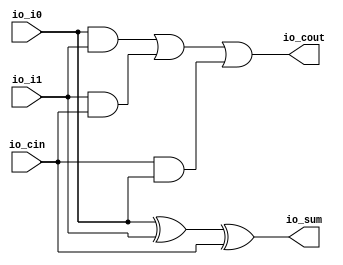
module fullAdder(
  input   io_i0,
  input   io_i1,
  input   io_cin,
  output  io_sum,
  output  io_cout
);
  assign io_sum = io_i0 ^ io_i1 ^ io_cin; // @[addsub_64.scala 14:29]
  assign io_cout = io_i0 & io_i1 | io_i1 & io_cin | io_cin & io_i0; // @[addsub_64.scala 15:51]
endmodule
module addsub_64(
  input         clock,
  input         reset,
  input         io_cin,
  input  [63:0] io_onesComp_ip,
  input  [63:0] io_i0,
  output [63:0] io_sum,
  output        io_cout
);
  wire  fa_0_io_i0; // @[addsub_64.scala 28:33]
  wire  fa_0_io_i1; // @[addsub_64.scala 28:33]
  wire  fa_0_io_cin; // @[addsub_64.scala 28:33]
  wire  fa_0_io_sum; // @[addsub_64.scala 28:33]
  wire  fa_0_io_cout; // @[addsub_64.scala 28:33]
  wire  fa_1_io_i0; // @[addsub_64.scala 28:33]
  wire  fa_1_io_i1; // @[addsub_64.scala 28:33]
  wire  fa_1_io_cin; // @[addsub_64.scala 28:33]
  wire  fa_1_io_sum; // @[addsub_64.scala 28:33]
  wire  fa_1_io_cout; // @[addsub_64.scala 28:33]
  wire  fa_2_io_i0; // @[addsub_64.scala 28:33]
  wire  fa_2_io_i1; // @[addsub_64.scala 28:33]
  wire  fa_2_io_cin; // @[addsub_64.scala 28:33]
  wire  fa_2_io_sum; // @[addsub_64.scala 28:33]
  wire  fa_2_io_cout; // @[addsub_64.scala 28:33]
  wire  fa_3_io_i0; // @[addsub_64.scala 28:33]
  wire  fa_3_io_i1; // @[addsub_64.scala 28:33]
  wire  fa_3_io_cin; // @[addsub_64.scala 28:33]
  wire  fa_3_io_sum; // @[addsub_64.scala 28:33]
  wire  fa_3_io_cout; // @[addsub_64.scala 28:33]
  wire  fa_4_io_i0; // @[addsub_64.scala 28:33]
  wire  fa_4_io_i1; // @[addsub_64.scala 28:33]
  wire  fa_4_io_cin; // @[addsub_64.scala 28:33]
  wire  fa_4_io_sum; // @[addsub_64.scala 28:33]
  wire  fa_4_io_cout; // @[addsub_64.scala 28:33]
  wire  fa_5_io_i0; // @[addsub_64.scala 28:33]
  wire  fa_5_io_i1; // @[addsub_64.scala 28:33]
  wire  fa_5_io_cin; // @[addsub_64.scala 28:33]
  wire  fa_5_io_sum; // @[addsub_64.scala 28:33]
  wire  fa_5_io_cout; // @[addsub_64.scala 28:33]
  wire  fa_6_io_i0; // @[addsub_64.scala 28:33]
  wire  fa_6_io_i1; // @[addsub_64.scala 28:33]
  wire  fa_6_io_cin; // @[addsub_64.scala 28:33]
  wire  fa_6_io_sum; // @[addsub_64.scala 28:33]
  wire  fa_6_io_cout; // @[addsub_64.scala 28:33]
  wire  fa_7_io_i0; // @[addsub_64.scala 28:33]
  wire  fa_7_io_i1; // @[addsub_64.scala 28:33]
  wire  fa_7_io_cin; // @[addsub_64.scala 28:33]
  wire  fa_7_io_sum; // @[addsub_64.scala 28:33]
  wire  fa_7_io_cout; // @[addsub_64.scala 28:33]
  wire  fa_8_io_i0; // @[addsub_64.scala 28:33]
  wire  fa_8_io_i1; // @[addsub_64.scala 28:33]
  wire  fa_8_io_cin; // @[addsub_64.scala 28:33]
  wire  fa_8_io_sum; // @[addsub_64.scala 28:33]
  wire  fa_8_io_cout; // @[addsub_64.scala 28:33]
  wire  fa_9_io_i0; // @[addsub_64.scala 28:33]
  wire  fa_9_io_i1; // @[addsub_64.scala 28:33]
  wire  fa_9_io_cin; // @[addsub_64.scala 28:33]
  wire  fa_9_io_sum; // @[addsub_64.scala 28:33]
  wire  fa_9_io_cout; // @[addsub_64.scala 28:33]
  wire  fa_10_io_i0; // @[addsub_64.scala 28:33]
  wire  fa_10_io_i1; // @[addsub_64.scala 28:33]
  wire  fa_10_io_cin; // @[addsub_64.scala 28:33]
  wire  fa_10_io_sum; // @[addsub_64.scala 28:33]
  wire  fa_10_io_cout; // @[addsub_64.scala 28:33]
  wire  fa_11_io_i0; // @[addsub_64.scala 28:33]
  wire  fa_11_io_i1; // @[addsub_64.scala 28:33]
  wire  fa_11_io_cin; // @[addsub_64.scala 28:33]
  wire  fa_11_io_sum; // @[addsub_64.scala 28:33]
  wire  fa_11_io_cout; // @[addsub_64.scala 28:33]
  wire  fa_12_io_i0; // @[addsub_64.scala 28:33]
  wire  fa_12_io_i1; // @[addsub_64.scala 28:33]
  wire  fa_12_io_cin; // @[addsub_64.scala 28:33]
  wire  fa_12_io_sum; // @[addsub_64.scala 28:33]
  wire  fa_12_io_cout; // @[addsub_64.scala 28:33]
  wire  fa_13_io_i0; // @[addsub_64.scala 28:33]
  wire  fa_13_io_i1; // @[addsub_64.scala 28:33]
  wire  fa_13_io_cin; // @[addsub_64.scala 28:33]
  wire  fa_13_io_sum; // @[addsub_64.scala 28:33]
  wire  fa_13_io_cout; // @[addsub_64.scala 28:33]
  wire  fa_14_io_i0; // @[addsub_64.scala 28:33]
  wire  fa_14_io_i1; // @[addsub_64.scala 28:33]
  wire  fa_14_io_cin; // @[addsub_64.scala 28:33]
  wire  fa_14_io_sum; // @[addsub_64.scala 28:33]
  wire  fa_14_io_cout; // @[addsub_64.scala 28:33]
  wire  fa_15_io_i0; // @[addsub_64.scala 28:33]
  wire  fa_15_io_i1; // @[addsub_64.scala 28:33]
  wire  fa_15_io_cin; // @[addsub_64.scala 28:33]
  wire  fa_15_io_sum; // @[addsub_64.scala 28:33]
  wire  fa_15_io_cout; // @[addsub_64.scala 28:33]
  wire  fa_16_io_i0; // @[addsub_64.scala 28:33]
  wire  fa_16_io_i1; // @[addsub_64.scala 28:33]
  wire  fa_16_io_cin; // @[addsub_64.scala 28:33]
  wire  fa_16_io_sum; // @[addsub_64.scala 28:33]
  wire  fa_16_io_cout; // @[addsub_64.scala 28:33]
  wire  fa_17_io_i0; // @[addsub_64.scala 28:33]
  wire  fa_17_io_i1; // @[addsub_64.scala 28:33]
  wire  fa_17_io_cin; // @[addsub_64.scala 28:33]
  wire  fa_17_io_sum; // @[addsub_64.scala 28:33]
  wire  fa_17_io_cout; // @[addsub_64.scala 28:33]
  wire  fa_18_io_i0; // @[addsub_64.scala 28:33]
  wire  fa_18_io_i1; // @[addsub_64.scala 28:33]
  wire  fa_18_io_cin; // @[addsub_64.scala 28:33]
  wire  fa_18_io_sum; // @[addsub_64.scala 28:33]
  wire  fa_18_io_cout; // @[addsub_64.scala 28:33]
  wire  fa_19_io_i0; // @[addsub_64.scala 28:33]
  wire  fa_19_io_i1; // @[addsub_64.scala 28:33]
  wire  fa_19_io_cin; // @[addsub_64.scala 28:33]
  wire  fa_19_io_sum; // @[addsub_64.scala 28:33]
  wire  fa_19_io_cout; // @[addsub_64.scala 28:33]
  wire  fa_20_io_i0; // @[addsub_64.scala 28:33]
  wire  fa_20_io_i1; // @[addsub_64.scala 28:33]
  wire  fa_20_io_cin; // @[addsub_64.scala 28:33]
  wire  fa_20_io_sum; // @[addsub_64.scala 28:33]
  wire  fa_20_io_cout; // @[addsub_64.scala 28:33]
  wire  fa_21_io_i0; // @[addsub_64.scala 28:33]
  wire  fa_21_io_i1; // @[addsub_64.scala 28:33]
  wire  fa_21_io_cin; // @[addsub_64.scala 28:33]
  wire  fa_21_io_sum; // @[addsub_64.scala 28:33]
  wire  fa_21_io_cout; // @[addsub_64.scala 28:33]
  wire  fa_22_io_i0; // @[addsub_64.scala 28:33]
  wire  fa_22_io_i1; // @[addsub_64.scala 28:33]
  wire  fa_22_io_cin; // @[addsub_64.scala 28:33]
  wire  fa_22_io_sum; // @[addsub_64.scala 28:33]
  wire  fa_22_io_cout; // @[addsub_64.scala 28:33]
  wire  fa_23_io_i0; // @[addsub_64.scala 28:33]
  wire  fa_23_io_i1; // @[addsub_64.scala 28:33]
  wire  fa_23_io_cin; // @[addsub_64.scala 28:33]
  wire  fa_23_io_sum; // @[addsub_64.scala 28:33]
  wire  fa_23_io_cout; // @[addsub_64.scala 28:33]
  wire  fa_24_io_i0; // @[addsub_64.scala 28:33]
  wire  fa_24_io_i1; // @[addsub_64.scala 28:33]
  wire  fa_24_io_cin; // @[addsub_64.scala 28:33]
  wire  fa_24_io_sum; // @[addsub_64.scala 28:33]
  wire  fa_24_io_cout; // @[addsub_64.scala 28:33]
  wire  fa_25_io_i0; // @[addsub_64.scala 28:33]
  wire  fa_25_io_i1; // @[addsub_64.scala 28:33]
  wire  fa_25_io_cin; // @[addsub_64.scala 28:33]
  wire  fa_25_io_sum; // @[addsub_64.scala 28:33]
  wire  fa_25_io_cout; // @[addsub_64.scala 28:33]
  wire  fa_26_io_i0; // @[addsub_64.scala 28:33]
  wire  fa_26_io_i1; // @[addsub_64.scala 28:33]
  wire  fa_26_io_cin; // @[addsub_64.scala 28:33]
  wire  fa_26_io_sum; // @[addsub_64.scala 28:33]
  wire  fa_26_io_cout; // @[addsub_64.scala 28:33]
  wire  fa_27_io_i0; // @[addsub_64.scala 28:33]
  wire  fa_27_io_i1; // @[addsub_64.scala 28:33]
  wire  fa_27_io_cin; // @[addsub_64.scala 28:33]
  wire  fa_27_io_sum; // @[addsub_64.scala 28:33]
  wire  fa_27_io_cout; // @[addsub_64.scala 28:33]
  wire  fa_28_io_i0; // @[addsub_64.scala 28:33]
  wire  fa_28_io_i1; // @[addsub_64.scala 28:33]
  wire  fa_28_io_cin; // @[addsub_64.scala 28:33]
  wire  fa_28_io_sum; // @[addsub_64.scala 28:33]
  wire  fa_28_io_cout; // @[addsub_64.scala 28:33]
  wire  fa_29_io_i0; // @[addsub_64.scala 28:33]
  wire  fa_29_io_i1; // @[addsub_64.scala 28:33]
  wire  fa_29_io_cin; // @[addsub_64.scala 28:33]
  wire  fa_29_io_sum; // @[addsub_64.scala 28:33]
  wire  fa_29_io_cout; // @[addsub_64.scala 28:33]
  wire  fa_30_io_i0; // @[addsub_64.scala 28:33]
  wire  fa_30_io_i1; // @[addsub_64.scala 28:33]
  wire  fa_30_io_cin; // @[addsub_64.scala 28:33]
  wire  fa_30_io_sum; // @[addsub_64.scala 28:33]
  wire  fa_30_io_cout; // @[addsub_64.scala 28:33]
  wire  fa_31_io_i0; // @[addsub_64.scala 28:33]
  wire  fa_31_io_i1; // @[addsub_64.scala 28:33]
  wire  fa_31_io_cin; // @[addsub_64.scala 28:33]
  wire  fa_31_io_sum; // @[addsub_64.scala 28:33]
  wire  fa_31_io_cout; // @[addsub_64.scala 28:33]
  wire  fa_32_io_i0; // @[addsub_64.scala 28:33]
  wire  fa_32_io_i1; // @[addsub_64.scala 28:33]
  wire  fa_32_io_cin; // @[addsub_64.scala 28:33]
  wire  fa_32_io_sum; // @[addsub_64.scala 28:33]
  wire  fa_32_io_cout; // @[addsub_64.scala 28:33]
  wire  fa_33_io_i0; // @[addsub_64.scala 28:33]
  wire  fa_33_io_i1; // @[addsub_64.scala 28:33]
  wire  fa_33_io_cin; // @[addsub_64.scala 28:33]
  wire  fa_33_io_sum; // @[addsub_64.scala 28:33]
  wire  fa_33_io_cout; // @[addsub_64.scala 28:33]
  wire  fa_34_io_i0; // @[addsub_64.scala 28:33]
  wire  fa_34_io_i1; // @[addsub_64.scala 28:33]
  wire  fa_34_io_cin; // @[addsub_64.scala 28:33]
  wire  fa_34_io_sum; // @[addsub_64.scala 28:33]
  wire  fa_34_io_cout; // @[addsub_64.scala 28:33]
  wire  fa_35_io_i0; // @[addsub_64.scala 28:33]
  wire  fa_35_io_i1; // @[addsub_64.scala 28:33]
  wire  fa_35_io_cin; // @[addsub_64.scala 28:33]
  wire  fa_35_io_sum; // @[addsub_64.scala 28:33]
  wire  fa_35_io_cout; // @[addsub_64.scala 28:33]
  wire  fa_36_io_i0; // @[addsub_64.scala 28:33]
  wire  fa_36_io_i1; // @[addsub_64.scala 28:33]
  wire  fa_36_io_cin; // @[addsub_64.scala 28:33]
  wire  fa_36_io_sum; // @[addsub_64.scala 28:33]
  wire  fa_36_io_cout; // @[addsub_64.scala 28:33]
  wire  fa_37_io_i0; // @[addsub_64.scala 28:33]
  wire  fa_37_io_i1; // @[addsub_64.scala 28:33]
  wire  fa_37_io_cin; // @[addsub_64.scala 28:33]
  wire  fa_37_io_sum; // @[addsub_64.scala 28:33]
  wire  fa_37_io_cout; // @[addsub_64.scala 28:33]
  wire  fa_38_io_i0; // @[addsub_64.scala 28:33]
  wire  fa_38_io_i1; // @[addsub_64.scala 28:33]
  wire  fa_38_io_cin; // @[addsub_64.scala 28:33]
  wire  fa_38_io_sum; // @[addsub_64.scala 28:33]
  wire  fa_38_io_cout; // @[addsub_64.scala 28:33]
  wire  fa_39_io_i0; // @[addsub_64.scala 28:33]
  wire  fa_39_io_i1; // @[addsub_64.scala 28:33]
  wire  fa_39_io_cin; // @[addsub_64.scala 28:33]
  wire  fa_39_io_sum; // @[addsub_64.scala 28:33]
  wire  fa_39_io_cout; // @[addsub_64.scala 28:33]
  wire  fa_40_io_i0; // @[addsub_64.scala 28:33]
  wire  fa_40_io_i1; // @[addsub_64.scala 28:33]
  wire  fa_40_io_cin; // @[addsub_64.scala 28:33]
  wire  fa_40_io_sum; // @[addsub_64.scala 28:33]
  wire  fa_40_io_cout; // @[addsub_64.scala 28:33]
  wire  fa_41_io_i0; // @[addsub_64.scala 28:33]
  wire  fa_41_io_i1; // @[addsub_64.scala 28:33]
  wire  fa_41_io_cin; // @[addsub_64.scala 28:33]
  wire  fa_41_io_sum; // @[addsub_64.scala 28:33]
  wire  fa_41_io_cout; // @[addsub_64.scala 28:33]
  wire  fa_42_io_i0; // @[addsub_64.scala 28:33]
  wire  fa_42_io_i1; // @[addsub_64.scala 28:33]
  wire  fa_42_io_cin; // @[addsub_64.scala 28:33]
  wire  fa_42_io_sum; // @[addsub_64.scala 28:33]
  wire  fa_42_io_cout; // @[addsub_64.scala 28:33]
  wire  fa_43_io_i0; // @[addsub_64.scala 28:33]
  wire  fa_43_io_i1; // @[addsub_64.scala 28:33]
  wire  fa_43_io_cin; // @[addsub_64.scala 28:33]
  wire  fa_43_io_sum; // @[addsub_64.scala 28:33]
  wire  fa_43_io_cout; // @[addsub_64.scala 28:33]
  wire  fa_44_io_i0; // @[addsub_64.scala 28:33]
  wire  fa_44_io_i1; // @[addsub_64.scala 28:33]
  wire  fa_44_io_cin; // @[addsub_64.scala 28:33]
  wire  fa_44_io_sum; // @[addsub_64.scala 28:33]
  wire  fa_44_io_cout; // @[addsub_64.scala 28:33]
  wire  fa_45_io_i0; // @[addsub_64.scala 28:33]
  wire  fa_45_io_i1; // @[addsub_64.scala 28:33]
  wire  fa_45_io_cin; // @[addsub_64.scala 28:33]
  wire  fa_45_io_sum; // @[addsub_64.scala 28:33]
  wire  fa_45_io_cout; // @[addsub_64.scala 28:33]
  wire  fa_46_io_i0; // @[addsub_64.scala 28:33]
  wire  fa_46_io_i1; // @[addsub_64.scala 28:33]
  wire  fa_46_io_cin; // @[addsub_64.scala 28:33]
  wire  fa_46_io_sum; // @[addsub_64.scala 28:33]
  wire  fa_46_io_cout; // @[addsub_64.scala 28:33]
  wire  fa_47_io_i0; // @[addsub_64.scala 28:33]
  wire  fa_47_io_i1; // @[addsub_64.scala 28:33]
  wire  fa_47_io_cin; // @[addsub_64.scala 28:33]
  wire  fa_47_io_sum; // @[addsub_64.scala 28:33]
  wire  fa_47_io_cout; // @[addsub_64.scala 28:33]
  wire  fa_48_io_i0; // @[addsub_64.scala 28:33]
  wire  fa_48_io_i1; // @[addsub_64.scala 28:33]
  wire  fa_48_io_cin; // @[addsub_64.scala 28:33]
  wire  fa_48_io_sum; // @[addsub_64.scala 28:33]
  wire  fa_48_io_cout; // @[addsub_64.scala 28:33]
  wire  fa_49_io_i0; // @[addsub_64.scala 28:33]
  wire  fa_49_io_i1; // @[addsub_64.scala 28:33]
  wire  fa_49_io_cin; // @[addsub_64.scala 28:33]
  wire  fa_49_io_sum; // @[addsub_64.scala 28:33]
  wire  fa_49_io_cout; // @[addsub_64.scala 28:33]
  wire  fa_50_io_i0; // @[addsub_64.scala 28:33]
  wire  fa_50_io_i1; // @[addsub_64.scala 28:33]
  wire  fa_50_io_cin; // @[addsub_64.scala 28:33]
  wire  fa_50_io_sum; // @[addsub_64.scala 28:33]
  wire  fa_50_io_cout; // @[addsub_64.scala 28:33]
  wire  fa_51_io_i0; // @[addsub_64.scala 28:33]
  wire  fa_51_io_i1; // @[addsub_64.scala 28:33]
  wire  fa_51_io_cin; // @[addsub_64.scala 28:33]
  wire  fa_51_io_sum; // @[addsub_64.scala 28:33]
  wire  fa_51_io_cout; // @[addsub_64.scala 28:33]
  wire  fa_52_io_i0; // @[addsub_64.scala 28:33]
  wire  fa_52_io_i1; // @[addsub_64.scala 28:33]
  wire  fa_52_io_cin; // @[addsub_64.scala 28:33]
  wire  fa_52_io_sum; // @[addsub_64.scala 28:33]
  wire  fa_52_io_cout; // @[addsub_64.scala 28:33]
  wire  fa_53_io_i0; // @[addsub_64.scala 28:33]
  wire  fa_53_io_i1; // @[addsub_64.scala 28:33]
  wire  fa_53_io_cin; // @[addsub_64.scala 28:33]
  wire  fa_53_io_sum; // @[addsub_64.scala 28:33]
  wire  fa_53_io_cout; // @[addsub_64.scala 28:33]
  wire  fa_54_io_i0; // @[addsub_64.scala 28:33]
  wire  fa_54_io_i1; // @[addsub_64.scala 28:33]
  wire  fa_54_io_cin; // @[addsub_64.scala 28:33]
  wire  fa_54_io_sum; // @[addsub_64.scala 28:33]
  wire  fa_54_io_cout; // @[addsub_64.scala 28:33]
  wire  fa_55_io_i0; // @[addsub_64.scala 28:33]
  wire  fa_55_io_i1; // @[addsub_64.scala 28:33]
  wire  fa_55_io_cin; // @[addsub_64.scala 28:33]
  wire  fa_55_io_sum; // @[addsub_64.scala 28:33]
  wire  fa_55_io_cout; // @[addsub_64.scala 28:33]
  wire  fa_56_io_i0; // @[addsub_64.scala 28:33]
  wire  fa_56_io_i1; // @[addsub_64.scala 28:33]
  wire  fa_56_io_cin; // @[addsub_64.scala 28:33]
  wire  fa_56_io_sum; // @[addsub_64.scala 28:33]
  wire  fa_56_io_cout; // @[addsub_64.scala 28:33]
  wire  fa_57_io_i0; // @[addsub_64.scala 28:33]
  wire  fa_57_io_i1; // @[addsub_64.scala 28:33]
  wire  fa_57_io_cin; // @[addsub_64.scala 28:33]
  wire  fa_57_io_sum; // @[addsub_64.scala 28:33]
  wire  fa_57_io_cout; // @[addsub_64.scala 28:33]
  wire  fa_58_io_i0; // @[addsub_64.scala 28:33]
  wire  fa_58_io_i1; // @[addsub_64.scala 28:33]
  wire  fa_58_io_cin; // @[addsub_64.scala 28:33]
  wire  fa_58_io_sum; // @[addsub_64.scala 28:33]
  wire  fa_58_io_cout; // @[addsub_64.scala 28:33]
  wire  fa_59_io_i0; // @[addsub_64.scala 28:33]
  wire  fa_59_io_i1; // @[addsub_64.scala 28:33]
  wire  fa_59_io_cin; // @[addsub_64.scala 28:33]
  wire  fa_59_io_sum; // @[addsub_64.scala 28:33]
  wire  fa_59_io_cout; // @[addsub_64.scala 28:33]
  wire  fa_60_io_i0; // @[addsub_64.scala 28:33]
  wire  fa_60_io_i1; // @[addsub_64.scala 28:33]
  wire  fa_60_io_cin; // @[addsub_64.scala 28:33]
  wire  fa_60_io_sum; // @[addsub_64.scala 28:33]
  wire  fa_60_io_cout; // @[addsub_64.scala 28:33]
  wire  fa_61_io_i0; // @[addsub_64.scala 28:33]
  wire  fa_61_io_i1; // @[addsub_64.scala 28:33]
  wire  fa_61_io_cin; // @[addsub_64.scala 28:33]
  wire  fa_61_io_sum; // @[addsub_64.scala 28:33]
  wire  fa_61_io_cout; // @[addsub_64.scala 28:33]
  wire  fa_62_io_i0; // @[addsub_64.scala 28:33]
  wire  fa_62_io_i1; // @[addsub_64.scala 28:33]
  wire  fa_62_io_cin; // @[addsub_64.scala 28:33]
  wire  fa_62_io_sum; // @[addsub_64.scala 28:33]
  wire  fa_62_io_cout; // @[addsub_64.scala 28:33]
  wire  fa_63_io_i0; // @[addsub_64.scala 28:33]
  wire  fa_63_io_i1; // @[addsub_64.scala 28:33]
  wire  fa_63_io_cin; // @[addsub_64.scala 28:33]
  wire  fa_63_io_sum; // @[addsub_64.scala 28:33]
  wire  fa_63_io_cout; // @[addsub_64.scala 28:33]
  wire [7:0] lo_lo_lo = {fa_7_io_sum,fa_6_io_sum,fa_5_io_sum,fa_4_io_sum,fa_3_io_sum,fa_2_io_sum,fa_1_io_sum,fa_0_io_sum
    }; // @[Cat.scala 30:58]
  wire [15:0] lo_lo = {fa_15_io_sum,fa_14_io_sum,fa_13_io_sum,fa_12_io_sum,fa_11_io_sum,fa_10_io_sum,fa_9_io_sum,
    fa_8_io_sum,lo_lo_lo}; // @[Cat.scala 30:58]
  wire [7:0] lo_hi_lo = {fa_23_io_sum,fa_22_io_sum,fa_21_io_sum,fa_20_io_sum,fa_19_io_sum,fa_18_io_sum,fa_17_io_sum,
    fa_16_io_sum}; // @[Cat.scala 30:58]
  wire [31:0] lo = {fa_31_io_sum,fa_30_io_sum,fa_29_io_sum,fa_28_io_sum,fa_27_io_sum,fa_26_io_sum,fa_25_io_sum,
    fa_24_io_sum,lo_hi_lo,lo_lo}; // @[Cat.scala 30:58]
  wire [7:0] hi_lo_lo = {fa_39_io_sum,fa_38_io_sum,fa_37_io_sum,fa_36_io_sum,fa_35_io_sum,fa_34_io_sum,fa_33_io_sum,
    fa_32_io_sum}; // @[Cat.scala 30:58]
  wire [15:0] hi_lo = {fa_47_io_sum,fa_46_io_sum,fa_45_io_sum,fa_44_io_sum,fa_43_io_sum,fa_42_io_sum,fa_41_io_sum,
    fa_40_io_sum,hi_lo_lo}; // @[Cat.scala 30:58]
  wire [7:0] hi_hi_lo = {fa_55_io_sum,fa_54_io_sum,fa_53_io_sum,fa_52_io_sum,fa_51_io_sum,fa_50_io_sum,fa_49_io_sum,
    fa_48_io_sum}; // @[Cat.scala 30:58]
  wire [31:0] hi = {fa_63_io_sum,fa_62_io_sum,fa_61_io_sum,fa_60_io_sum,fa_59_io_sum,fa_58_io_sum,fa_57_io_sum,
    fa_56_io_sum,hi_hi_lo,hi_lo}; // @[Cat.scala 30:58]
  fullAdder fa_0 ( // @[addsub_64.scala 28:33]
    .io_i0(fa_0_io_i0),
    .io_i1(fa_0_io_i1),
    .io_cin(fa_0_io_cin),
    .io_sum(fa_0_io_sum),
    .io_cout(fa_0_io_cout)
  );
  fullAdder fa_1 ( // @[addsub_64.scala 28:33]
    .io_i0(fa_1_io_i0),
    .io_i1(fa_1_io_i1),
    .io_cin(fa_1_io_cin),
    .io_sum(fa_1_io_sum),
    .io_cout(fa_1_io_cout)
  );
  fullAdder fa_2 ( // @[addsub_64.scala 28:33]
    .io_i0(fa_2_io_i0),
    .io_i1(fa_2_io_i1),
    .io_cin(fa_2_io_cin),
    .io_sum(fa_2_io_sum),
    .io_cout(fa_2_io_cout)
  );
  fullAdder fa_3 ( // @[addsub_64.scala 28:33]
    .io_i0(fa_3_io_i0),
    .io_i1(fa_3_io_i1),
    .io_cin(fa_3_io_cin),
    .io_sum(fa_3_io_sum),
    .io_cout(fa_3_io_cout)
  );
  fullAdder fa_4 ( // @[addsub_64.scala 28:33]
    .io_i0(fa_4_io_i0),
    .io_i1(fa_4_io_i1),
    .io_cin(fa_4_io_cin),
    .io_sum(fa_4_io_sum),
    .io_cout(fa_4_io_cout)
  );
  fullAdder fa_5 ( // @[addsub_64.scala 28:33]
    .io_i0(fa_5_io_i0),
    .io_i1(fa_5_io_i1),
    .io_cin(fa_5_io_cin),
    .io_sum(fa_5_io_sum),
    .io_cout(fa_5_io_cout)
  );
  fullAdder fa_6 ( // @[addsub_64.scala 28:33]
    .io_i0(fa_6_io_i0),
    .io_i1(fa_6_io_i1),
    .io_cin(fa_6_io_cin),
    .io_sum(fa_6_io_sum),
    .io_cout(fa_6_io_cout)
  );
  fullAdder fa_7 ( // @[addsub_64.scala 28:33]
    .io_i0(fa_7_io_i0),
    .io_i1(fa_7_io_i1),
    .io_cin(fa_7_io_cin),
    .io_sum(fa_7_io_sum),
    .io_cout(fa_7_io_cout)
  );
  fullAdder fa_8 ( // @[addsub_64.scala 28:33]
    .io_i0(fa_8_io_i0),
    .io_i1(fa_8_io_i1),
    .io_cin(fa_8_io_cin),
    .io_sum(fa_8_io_sum),
    .io_cout(fa_8_io_cout)
  );
  fullAdder fa_9 ( // @[addsub_64.scala 28:33]
    .io_i0(fa_9_io_i0),
    .io_i1(fa_9_io_i1),
    .io_cin(fa_9_io_cin),
    .io_sum(fa_9_io_sum),
    .io_cout(fa_9_io_cout)
  );
  fullAdder fa_10 ( // @[addsub_64.scala 28:33]
    .io_i0(fa_10_io_i0),
    .io_i1(fa_10_io_i1),
    .io_cin(fa_10_io_cin),
    .io_sum(fa_10_io_sum),
    .io_cout(fa_10_io_cout)
  );
  fullAdder fa_11 ( // @[addsub_64.scala 28:33]
    .io_i0(fa_11_io_i0),
    .io_i1(fa_11_io_i1),
    .io_cin(fa_11_io_cin),
    .io_sum(fa_11_io_sum),
    .io_cout(fa_11_io_cout)
  );
  fullAdder fa_12 ( // @[addsub_64.scala 28:33]
    .io_i0(fa_12_io_i0),
    .io_i1(fa_12_io_i1),
    .io_cin(fa_12_io_cin),
    .io_sum(fa_12_io_sum),
    .io_cout(fa_12_io_cout)
  );
  fullAdder fa_13 ( // @[addsub_64.scala 28:33]
    .io_i0(fa_13_io_i0),
    .io_i1(fa_13_io_i1),
    .io_cin(fa_13_io_cin),
    .io_sum(fa_13_io_sum),
    .io_cout(fa_13_io_cout)
  );
  fullAdder fa_14 ( // @[addsub_64.scala 28:33]
    .io_i0(fa_14_io_i0),
    .io_i1(fa_14_io_i1),
    .io_cin(fa_14_io_cin),
    .io_sum(fa_14_io_sum),
    .io_cout(fa_14_io_cout)
  );
  fullAdder fa_15 ( // @[addsub_64.scala 28:33]
    .io_i0(fa_15_io_i0),
    .io_i1(fa_15_io_i1),
    .io_cin(fa_15_io_cin),
    .io_sum(fa_15_io_sum),
    .io_cout(fa_15_io_cout)
  );
  fullAdder fa_16 ( // @[addsub_64.scala 28:33]
    .io_i0(fa_16_io_i0),
    .io_i1(fa_16_io_i1),
    .io_cin(fa_16_io_cin),
    .io_sum(fa_16_io_sum),
    .io_cout(fa_16_io_cout)
  );
  fullAdder fa_17 ( // @[addsub_64.scala 28:33]
    .io_i0(fa_17_io_i0),
    .io_i1(fa_17_io_i1),
    .io_cin(fa_17_io_cin),
    .io_sum(fa_17_io_sum),
    .io_cout(fa_17_io_cout)
  );
  fullAdder fa_18 ( // @[addsub_64.scala 28:33]
    .io_i0(fa_18_io_i0),
    .io_i1(fa_18_io_i1),
    .io_cin(fa_18_io_cin),
    .io_sum(fa_18_io_sum),
    .io_cout(fa_18_io_cout)
  );
  fullAdder fa_19 ( // @[addsub_64.scala 28:33]
    .io_i0(fa_19_io_i0),
    .io_i1(fa_19_io_i1),
    .io_cin(fa_19_io_cin),
    .io_sum(fa_19_io_sum),
    .io_cout(fa_19_io_cout)
  );
  fullAdder fa_20 ( // @[addsub_64.scala 28:33]
    .io_i0(fa_20_io_i0),
    .io_i1(fa_20_io_i1),
    .io_cin(fa_20_io_cin),
    .io_sum(fa_20_io_sum),
    .io_cout(fa_20_io_cout)
  );
  fullAdder fa_21 ( // @[addsub_64.scala 28:33]
    .io_i0(fa_21_io_i0),
    .io_i1(fa_21_io_i1),
    .io_cin(fa_21_io_cin),
    .io_sum(fa_21_io_sum),
    .io_cout(fa_21_io_cout)
  );
  fullAdder fa_22 ( // @[addsub_64.scala 28:33]
    .io_i0(fa_22_io_i0),
    .io_i1(fa_22_io_i1),
    .io_cin(fa_22_io_cin),
    .io_sum(fa_22_io_sum),
    .io_cout(fa_22_io_cout)
  );
  fullAdder fa_23 ( // @[addsub_64.scala 28:33]
    .io_i0(fa_23_io_i0),
    .io_i1(fa_23_io_i1),
    .io_cin(fa_23_io_cin),
    .io_sum(fa_23_io_sum),
    .io_cout(fa_23_io_cout)
  );
  fullAdder fa_24 ( // @[addsub_64.scala 28:33]
    .io_i0(fa_24_io_i0),
    .io_i1(fa_24_io_i1),
    .io_cin(fa_24_io_cin),
    .io_sum(fa_24_io_sum),
    .io_cout(fa_24_io_cout)
  );
  fullAdder fa_25 ( // @[addsub_64.scala 28:33]
    .io_i0(fa_25_io_i0),
    .io_i1(fa_25_io_i1),
    .io_cin(fa_25_io_cin),
    .io_sum(fa_25_io_sum),
    .io_cout(fa_25_io_cout)
  );
  fullAdder fa_26 ( // @[addsub_64.scala 28:33]
    .io_i0(fa_26_io_i0),
    .io_i1(fa_26_io_i1),
    .io_cin(fa_26_io_cin),
    .io_sum(fa_26_io_sum),
    .io_cout(fa_26_io_cout)
  );
  fullAdder fa_27 ( // @[addsub_64.scala 28:33]
    .io_i0(fa_27_io_i0),
    .io_i1(fa_27_io_i1),
    .io_cin(fa_27_io_cin),
    .io_sum(fa_27_io_sum),
    .io_cout(fa_27_io_cout)
  );
  fullAdder fa_28 ( // @[addsub_64.scala 28:33]
    .io_i0(fa_28_io_i0),
    .io_i1(fa_28_io_i1),
    .io_cin(fa_28_io_cin),
    .io_sum(fa_28_io_sum),
    .io_cout(fa_28_io_cout)
  );
  fullAdder fa_29 ( // @[addsub_64.scala 28:33]
    .io_i0(fa_29_io_i0),
    .io_i1(fa_29_io_i1),
    .io_cin(fa_29_io_cin),
    .io_sum(fa_29_io_sum),
    .io_cout(fa_29_io_cout)
  );
  fullAdder fa_30 ( // @[addsub_64.scala 28:33]
    .io_i0(fa_30_io_i0),
    .io_i1(fa_30_io_i1),
    .io_cin(fa_30_io_cin),
    .io_sum(fa_30_io_sum),
    .io_cout(fa_30_io_cout)
  );
  fullAdder fa_31 ( // @[addsub_64.scala 28:33]
    .io_i0(fa_31_io_i0),
    .io_i1(fa_31_io_i1),
    .io_cin(fa_31_io_cin),
    .io_sum(fa_31_io_sum),
    .io_cout(fa_31_io_cout)
  );
  fullAdder fa_32 ( // @[addsub_64.scala 28:33]
    .io_i0(fa_32_io_i0),
    .io_i1(fa_32_io_i1),
    .io_cin(fa_32_io_cin),
    .io_sum(fa_32_io_sum),
    .io_cout(fa_32_io_cout)
  );
  fullAdder fa_33 ( // @[addsub_64.scala 28:33]
    .io_i0(fa_33_io_i0),
    .io_i1(fa_33_io_i1),
    .io_cin(fa_33_io_cin),
    .io_sum(fa_33_io_sum),
    .io_cout(fa_33_io_cout)
  );
  fullAdder fa_34 ( // @[addsub_64.scala 28:33]
    .io_i0(fa_34_io_i0),
    .io_i1(fa_34_io_i1),
    .io_cin(fa_34_io_cin),
    .io_sum(fa_34_io_sum),
    .io_cout(fa_34_io_cout)
  );
  fullAdder fa_35 ( // @[addsub_64.scala 28:33]
    .io_i0(fa_35_io_i0),
    .io_i1(fa_35_io_i1),
    .io_cin(fa_35_io_cin),
    .io_sum(fa_35_io_sum),
    .io_cout(fa_35_io_cout)
  );
  fullAdder fa_36 ( // @[addsub_64.scala 28:33]
    .io_i0(fa_36_io_i0),
    .io_i1(fa_36_io_i1),
    .io_cin(fa_36_io_cin),
    .io_sum(fa_36_io_sum),
    .io_cout(fa_36_io_cout)
  );
  fullAdder fa_37 ( // @[addsub_64.scala 28:33]
    .io_i0(fa_37_io_i0),
    .io_i1(fa_37_io_i1),
    .io_cin(fa_37_io_cin),
    .io_sum(fa_37_io_sum),
    .io_cout(fa_37_io_cout)
  );
  fullAdder fa_38 ( // @[addsub_64.scala 28:33]
    .io_i0(fa_38_io_i0),
    .io_i1(fa_38_io_i1),
    .io_cin(fa_38_io_cin),
    .io_sum(fa_38_io_sum),
    .io_cout(fa_38_io_cout)
  );
  fullAdder fa_39 ( // @[addsub_64.scala 28:33]
    .io_i0(fa_39_io_i0),
    .io_i1(fa_39_io_i1),
    .io_cin(fa_39_io_cin),
    .io_sum(fa_39_io_sum),
    .io_cout(fa_39_io_cout)
  );
  fullAdder fa_40 ( // @[addsub_64.scala 28:33]
    .io_i0(fa_40_io_i0),
    .io_i1(fa_40_io_i1),
    .io_cin(fa_40_io_cin),
    .io_sum(fa_40_io_sum),
    .io_cout(fa_40_io_cout)
  );
  fullAdder fa_41 ( // @[addsub_64.scala 28:33]
    .io_i0(fa_41_io_i0),
    .io_i1(fa_41_io_i1),
    .io_cin(fa_41_io_cin),
    .io_sum(fa_41_io_sum),
    .io_cout(fa_41_io_cout)
  );
  fullAdder fa_42 ( // @[addsub_64.scala 28:33]
    .io_i0(fa_42_io_i0),
    .io_i1(fa_42_io_i1),
    .io_cin(fa_42_io_cin),
    .io_sum(fa_42_io_sum),
    .io_cout(fa_42_io_cout)
  );
  fullAdder fa_43 ( // @[addsub_64.scala 28:33]
    .io_i0(fa_43_io_i0),
    .io_i1(fa_43_io_i1),
    .io_cin(fa_43_io_cin),
    .io_sum(fa_43_io_sum),
    .io_cout(fa_43_io_cout)
  );
  fullAdder fa_44 ( // @[addsub_64.scala 28:33]
    .io_i0(fa_44_io_i0),
    .io_i1(fa_44_io_i1),
    .io_cin(fa_44_io_cin),
    .io_sum(fa_44_io_sum),
    .io_cout(fa_44_io_cout)
  );
  fullAdder fa_45 ( // @[addsub_64.scala 28:33]
    .io_i0(fa_45_io_i0),
    .io_i1(fa_45_io_i1),
    .io_cin(fa_45_io_cin),
    .io_sum(fa_45_io_sum),
    .io_cout(fa_45_io_cout)
  );
  fullAdder fa_46 ( // @[addsub_64.scala 28:33]
    .io_i0(fa_46_io_i0),
    .io_i1(fa_46_io_i1),
    .io_cin(fa_46_io_cin),
    .io_sum(fa_46_io_sum),
    .io_cout(fa_46_io_cout)
  );
  fullAdder fa_47 ( // @[addsub_64.scala 28:33]
    .io_i0(fa_47_io_i0),
    .io_i1(fa_47_io_i1),
    .io_cin(fa_47_io_cin),
    .io_sum(fa_47_io_sum),
    .io_cout(fa_47_io_cout)
  );
  fullAdder fa_48 ( // @[addsub_64.scala 28:33]
    .io_i0(fa_48_io_i0),
    .io_i1(fa_48_io_i1),
    .io_cin(fa_48_io_cin),
    .io_sum(fa_48_io_sum),
    .io_cout(fa_48_io_cout)
  );
  fullAdder fa_49 ( // @[addsub_64.scala 28:33]
    .io_i0(fa_49_io_i0),
    .io_i1(fa_49_io_i1),
    .io_cin(fa_49_io_cin),
    .io_sum(fa_49_io_sum),
    .io_cout(fa_49_io_cout)
  );
  fullAdder fa_50 ( // @[addsub_64.scala 28:33]
    .io_i0(fa_50_io_i0),
    .io_i1(fa_50_io_i1),
    .io_cin(fa_50_io_cin),
    .io_sum(fa_50_io_sum),
    .io_cout(fa_50_io_cout)
  );
  fullAdder fa_51 ( // @[addsub_64.scala 28:33]
    .io_i0(fa_51_io_i0),
    .io_i1(fa_51_io_i1),
    .io_cin(fa_51_io_cin),
    .io_sum(fa_51_io_sum),
    .io_cout(fa_51_io_cout)
  );
  fullAdder fa_52 ( // @[addsub_64.scala 28:33]
    .io_i0(fa_52_io_i0),
    .io_i1(fa_52_io_i1),
    .io_cin(fa_52_io_cin),
    .io_sum(fa_52_io_sum),
    .io_cout(fa_52_io_cout)
  );
  fullAdder fa_53 ( // @[addsub_64.scala 28:33]
    .io_i0(fa_53_io_i0),
    .io_i1(fa_53_io_i1),
    .io_cin(fa_53_io_cin),
    .io_sum(fa_53_io_sum),
    .io_cout(fa_53_io_cout)
  );
  fullAdder fa_54 ( // @[addsub_64.scala 28:33]
    .io_i0(fa_54_io_i0),
    .io_i1(fa_54_io_i1),
    .io_cin(fa_54_io_cin),
    .io_sum(fa_54_io_sum),
    .io_cout(fa_54_io_cout)
  );
  fullAdder fa_55 ( // @[addsub_64.scala 28:33]
    .io_i0(fa_55_io_i0),
    .io_i1(fa_55_io_i1),
    .io_cin(fa_55_io_cin),
    .io_sum(fa_55_io_sum),
    .io_cout(fa_55_io_cout)
  );
  fullAdder fa_56 ( // @[addsub_64.scala 28:33]
    .io_i0(fa_56_io_i0),
    .io_i1(fa_56_io_i1),
    .io_cin(fa_56_io_cin),
    .io_sum(fa_56_io_sum),
    .io_cout(fa_56_io_cout)
  );
  fullAdder fa_57 ( // @[addsub_64.scala 28:33]
    .io_i0(fa_57_io_i0),
    .io_i1(fa_57_io_i1),
    .io_cin(fa_57_io_cin),
    .io_sum(fa_57_io_sum),
    .io_cout(fa_57_io_cout)
  );
  fullAdder fa_58 ( // @[addsub_64.scala 28:33]
    .io_i0(fa_58_io_i0),
    .io_i1(fa_58_io_i1),
    .io_cin(fa_58_io_cin),
    .io_sum(fa_58_io_sum),
    .io_cout(fa_58_io_cout)
  );
  fullAdder fa_59 ( // @[addsub_64.scala 28:33]
    .io_i0(fa_59_io_i0),
    .io_i1(fa_59_io_i1),
    .io_cin(fa_59_io_cin),
    .io_sum(fa_59_io_sum),
    .io_cout(fa_59_io_cout)
  );
  fullAdder fa_60 ( // @[addsub_64.scala 28:33]
    .io_i0(fa_60_io_i0),
    .io_i1(fa_60_io_i1),
    .io_cin(fa_60_io_cin),
    .io_sum(fa_60_io_sum),
    .io_cout(fa_60_io_cout)
  );
  fullAdder fa_61 ( // @[addsub_64.scala 28:33]
    .io_i0(fa_61_io_i0),
    .io_i1(fa_61_io_i1),
    .io_cin(fa_61_io_cin),
    .io_sum(fa_61_io_sum),
    .io_cout(fa_61_io_cout)
  );
  fullAdder fa_62 ( // @[addsub_64.scala 28:33]
    .io_i0(fa_62_io_i0),
    .io_i1(fa_62_io_i1),
    .io_cin(fa_62_io_cin),
    .io_sum(fa_62_io_sum),
    .io_cout(fa_62_io_cout)
  );
  fullAdder fa_63 ( // @[addsub_64.scala 28:33]
    .io_i0(fa_63_io_i0),
    .io_i1(fa_63_io_i1),
    .io_cin(fa_63_io_cin),
    .io_sum(fa_63_io_sum),
    .io_cout(fa_63_io_cout)
  );
  assign io_sum = {hi,lo}; // @[Cat.scala 30:58]
  assign io_cout = fa_63_io_cout; // @[addsub_64.scala 44:13]
  assign fa_0_io_i0 = io_i0[0]; // @[addsub_64.scala 31:25]
  assign fa_0_io_i1 = io_onesComp_ip[0]; // @[addsub_64.scala 32:34]
  assign fa_0_io_cin = io_cin; // @[addsub_64.scala 33:18]
  assign fa_1_io_i0 = io_i0[1]; // @[addsub_64.scala 37:29]
  assign fa_1_io_i1 = io_onesComp_ip[1]; // @[addsub_64.scala 38:38]
  assign fa_1_io_cin = fa_0_io_cout; // @[addsub_64.scala 39:22]
  assign fa_2_io_i0 = io_i0[2]; // @[addsub_64.scala 37:29]
  assign fa_2_io_i1 = io_onesComp_ip[2]; // @[addsub_64.scala 38:38]
  assign fa_2_io_cin = fa_1_io_cout; // @[addsub_64.scala 39:22]
  assign fa_3_io_i0 = io_i0[3]; // @[addsub_64.scala 37:29]
  assign fa_3_io_i1 = io_onesComp_ip[3]; // @[addsub_64.scala 38:38]
  assign fa_3_io_cin = fa_2_io_cout; // @[addsub_64.scala 39:22]
  assign fa_4_io_i0 = io_i0[4]; // @[addsub_64.scala 37:29]
  assign fa_4_io_i1 = io_onesComp_ip[4]; // @[addsub_64.scala 38:38]
  assign fa_4_io_cin = fa_3_io_cout; // @[addsub_64.scala 39:22]
  assign fa_5_io_i0 = io_i0[5]; // @[addsub_64.scala 37:29]
  assign fa_5_io_i1 = io_onesComp_ip[5]; // @[addsub_64.scala 38:38]
  assign fa_5_io_cin = fa_4_io_cout; // @[addsub_64.scala 39:22]
  assign fa_6_io_i0 = io_i0[6]; // @[addsub_64.scala 37:29]
  assign fa_6_io_i1 = io_onesComp_ip[6]; // @[addsub_64.scala 38:38]
  assign fa_6_io_cin = fa_5_io_cout; // @[addsub_64.scala 39:22]
  assign fa_7_io_i0 = io_i0[7]; // @[addsub_64.scala 37:29]
  assign fa_7_io_i1 = io_onesComp_ip[7]; // @[addsub_64.scala 38:38]
  assign fa_7_io_cin = fa_6_io_cout; // @[addsub_64.scala 39:22]
  assign fa_8_io_i0 = io_i0[8]; // @[addsub_64.scala 37:29]
  assign fa_8_io_i1 = io_onesComp_ip[8]; // @[addsub_64.scala 38:38]
  assign fa_8_io_cin = fa_7_io_cout; // @[addsub_64.scala 39:22]
  assign fa_9_io_i0 = io_i0[9]; // @[addsub_64.scala 37:29]
  assign fa_9_io_i1 = io_onesComp_ip[9]; // @[addsub_64.scala 38:38]
  assign fa_9_io_cin = fa_8_io_cout; // @[addsub_64.scala 39:22]
  assign fa_10_io_i0 = io_i0[10]; // @[addsub_64.scala 37:29]
  assign fa_10_io_i1 = io_onesComp_ip[10]; // @[addsub_64.scala 38:38]
  assign fa_10_io_cin = fa_9_io_cout; // @[addsub_64.scala 39:22]
  assign fa_11_io_i0 = io_i0[11]; // @[addsub_64.scala 37:29]
  assign fa_11_io_i1 = io_onesComp_ip[11]; // @[addsub_64.scala 38:38]
  assign fa_11_io_cin = fa_10_io_cout; // @[addsub_64.scala 39:22]
  assign fa_12_io_i0 = io_i0[12]; // @[addsub_64.scala 37:29]
  assign fa_12_io_i1 = io_onesComp_ip[12]; // @[addsub_64.scala 38:38]
  assign fa_12_io_cin = fa_11_io_cout; // @[addsub_64.scala 39:22]
  assign fa_13_io_i0 = io_i0[13]; // @[addsub_64.scala 37:29]
  assign fa_13_io_i1 = io_onesComp_ip[13]; // @[addsub_64.scala 38:38]
  assign fa_13_io_cin = fa_12_io_cout; // @[addsub_64.scala 39:22]
  assign fa_14_io_i0 = io_i0[14]; // @[addsub_64.scala 37:29]
  assign fa_14_io_i1 = io_onesComp_ip[14]; // @[addsub_64.scala 38:38]
  assign fa_14_io_cin = fa_13_io_cout; // @[addsub_64.scala 39:22]
  assign fa_15_io_i0 = io_i0[15]; // @[addsub_64.scala 37:29]
  assign fa_15_io_i1 = io_onesComp_ip[15]; // @[addsub_64.scala 38:38]
  assign fa_15_io_cin = fa_14_io_cout; // @[addsub_64.scala 39:22]
  assign fa_16_io_i0 = io_i0[16]; // @[addsub_64.scala 37:29]
  assign fa_16_io_i1 = io_onesComp_ip[16]; // @[addsub_64.scala 38:38]
  assign fa_16_io_cin = fa_15_io_cout; // @[addsub_64.scala 39:22]
  assign fa_17_io_i0 = io_i0[17]; // @[addsub_64.scala 37:29]
  assign fa_17_io_i1 = io_onesComp_ip[17]; // @[addsub_64.scala 38:38]
  assign fa_17_io_cin = fa_16_io_cout; // @[addsub_64.scala 39:22]
  assign fa_18_io_i0 = io_i0[18]; // @[addsub_64.scala 37:29]
  assign fa_18_io_i1 = io_onesComp_ip[18]; // @[addsub_64.scala 38:38]
  assign fa_18_io_cin = fa_17_io_cout; // @[addsub_64.scala 39:22]
  assign fa_19_io_i0 = io_i0[19]; // @[addsub_64.scala 37:29]
  assign fa_19_io_i1 = io_onesComp_ip[19]; // @[addsub_64.scala 38:38]
  assign fa_19_io_cin = fa_18_io_cout; // @[addsub_64.scala 39:22]
  assign fa_20_io_i0 = io_i0[20]; // @[addsub_64.scala 37:29]
  assign fa_20_io_i1 = io_onesComp_ip[20]; // @[addsub_64.scala 38:38]
  assign fa_20_io_cin = fa_19_io_cout; // @[addsub_64.scala 39:22]
  assign fa_21_io_i0 = io_i0[21]; // @[addsub_64.scala 37:29]
  assign fa_21_io_i1 = io_onesComp_ip[21]; // @[addsub_64.scala 38:38]
  assign fa_21_io_cin = fa_20_io_cout; // @[addsub_64.scala 39:22]
  assign fa_22_io_i0 = io_i0[22]; // @[addsub_64.scala 37:29]
  assign fa_22_io_i1 = io_onesComp_ip[22]; // @[addsub_64.scala 38:38]
  assign fa_22_io_cin = fa_21_io_cout; // @[addsub_64.scala 39:22]
  assign fa_23_io_i0 = io_i0[23]; // @[addsub_64.scala 37:29]
  assign fa_23_io_i1 = io_onesComp_ip[23]; // @[addsub_64.scala 38:38]
  assign fa_23_io_cin = fa_22_io_cout; // @[addsub_64.scala 39:22]
  assign fa_24_io_i0 = io_i0[24]; // @[addsub_64.scala 37:29]
  assign fa_24_io_i1 = io_onesComp_ip[24]; // @[addsub_64.scala 38:38]
  assign fa_24_io_cin = fa_23_io_cout; // @[addsub_64.scala 39:22]
  assign fa_25_io_i0 = io_i0[25]; // @[addsub_64.scala 37:29]
  assign fa_25_io_i1 = io_onesComp_ip[25]; // @[addsub_64.scala 38:38]
  assign fa_25_io_cin = fa_24_io_cout; // @[addsub_64.scala 39:22]
  assign fa_26_io_i0 = io_i0[26]; // @[addsub_64.scala 37:29]
  assign fa_26_io_i1 = io_onesComp_ip[26]; // @[addsub_64.scala 38:38]
  assign fa_26_io_cin = fa_25_io_cout; // @[addsub_64.scala 39:22]
  assign fa_27_io_i0 = io_i0[27]; // @[addsub_64.scala 37:29]
  assign fa_27_io_i1 = io_onesComp_ip[27]; // @[addsub_64.scala 38:38]
  assign fa_27_io_cin = fa_26_io_cout; // @[addsub_64.scala 39:22]
  assign fa_28_io_i0 = io_i0[28]; // @[addsub_64.scala 37:29]
  assign fa_28_io_i1 = io_onesComp_ip[28]; // @[addsub_64.scala 38:38]
  assign fa_28_io_cin = fa_27_io_cout; // @[addsub_64.scala 39:22]
  assign fa_29_io_i0 = io_i0[29]; // @[addsub_64.scala 37:29]
  assign fa_29_io_i1 = io_onesComp_ip[29]; // @[addsub_64.scala 38:38]
  assign fa_29_io_cin = fa_28_io_cout; // @[addsub_64.scala 39:22]
  assign fa_30_io_i0 = io_i0[30]; // @[addsub_64.scala 37:29]
  assign fa_30_io_i1 = io_onesComp_ip[30]; // @[addsub_64.scala 38:38]
  assign fa_30_io_cin = fa_29_io_cout; // @[addsub_64.scala 39:22]
  assign fa_31_io_i0 = io_i0[31]; // @[addsub_64.scala 37:29]
  assign fa_31_io_i1 = io_onesComp_ip[31]; // @[addsub_64.scala 38:38]
  assign fa_31_io_cin = fa_30_io_cout; // @[addsub_64.scala 39:22]
  assign fa_32_io_i0 = io_i0[32]; // @[addsub_64.scala 37:29]
  assign fa_32_io_i1 = io_onesComp_ip[32]; // @[addsub_64.scala 38:38]
  assign fa_32_io_cin = fa_31_io_cout; // @[addsub_64.scala 39:22]
  assign fa_33_io_i0 = io_i0[33]; // @[addsub_64.scala 37:29]
  assign fa_33_io_i1 = io_onesComp_ip[33]; // @[addsub_64.scala 38:38]
  assign fa_33_io_cin = fa_32_io_cout; // @[addsub_64.scala 39:22]
  assign fa_34_io_i0 = io_i0[34]; // @[addsub_64.scala 37:29]
  assign fa_34_io_i1 = io_onesComp_ip[34]; // @[addsub_64.scala 38:38]
  assign fa_34_io_cin = fa_33_io_cout; // @[addsub_64.scala 39:22]
  assign fa_35_io_i0 = io_i0[35]; // @[addsub_64.scala 37:29]
  assign fa_35_io_i1 = io_onesComp_ip[35]; // @[addsub_64.scala 38:38]
  assign fa_35_io_cin = fa_34_io_cout; // @[addsub_64.scala 39:22]
  assign fa_36_io_i0 = io_i0[36]; // @[addsub_64.scala 37:29]
  assign fa_36_io_i1 = io_onesComp_ip[36]; // @[addsub_64.scala 38:38]
  assign fa_36_io_cin = fa_35_io_cout; // @[addsub_64.scala 39:22]
  assign fa_37_io_i0 = io_i0[37]; // @[addsub_64.scala 37:29]
  assign fa_37_io_i1 = io_onesComp_ip[37]; // @[addsub_64.scala 38:38]
  assign fa_37_io_cin = fa_36_io_cout; // @[addsub_64.scala 39:22]
  assign fa_38_io_i0 = io_i0[38]; // @[addsub_64.scala 37:29]
  assign fa_38_io_i1 = io_onesComp_ip[38]; // @[addsub_64.scala 38:38]
  assign fa_38_io_cin = fa_37_io_cout; // @[addsub_64.scala 39:22]
  assign fa_39_io_i0 = io_i0[39]; // @[addsub_64.scala 37:29]
  assign fa_39_io_i1 = io_onesComp_ip[39]; // @[addsub_64.scala 38:38]
  assign fa_39_io_cin = fa_38_io_cout; // @[addsub_64.scala 39:22]
  assign fa_40_io_i0 = io_i0[40]; // @[addsub_64.scala 37:29]
  assign fa_40_io_i1 = io_onesComp_ip[40]; // @[addsub_64.scala 38:38]
  assign fa_40_io_cin = fa_39_io_cout; // @[addsub_64.scala 39:22]
  assign fa_41_io_i0 = io_i0[41]; // @[addsub_64.scala 37:29]
  assign fa_41_io_i1 = io_onesComp_ip[41]; // @[addsub_64.scala 38:38]
  assign fa_41_io_cin = fa_40_io_cout; // @[addsub_64.scala 39:22]
  assign fa_42_io_i0 = io_i0[42]; // @[addsub_64.scala 37:29]
  assign fa_42_io_i1 = io_onesComp_ip[42]; // @[addsub_64.scala 38:38]
  assign fa_42_io_cin = fa_41_io_cout; // @[addsub_64.scala 39:22]
  assign fa_43_io_i0 = io_i0[43]; // @[addsub_64.scala 37:29]
  assign fa_43_io_i1 = io_onesComp_ip[43]; // @[addsub_64.scala 38:38]
  assign fa_43_io_cin = fa_42_io_cout; // @[addsub_64.scala 39:22]
  assign fa_44_io_i0 = io_i0[44]; // @[addsub_64.scala 37:29]
  assign fa_44_io_i1 = io_onesComp_ip[44]; // @[addsub_64.scala 38:38]
  assign fa_44_io_cin = fa_43_io_cout; // @[addsub_64.scala 39:22]
  assign fa_45_io_i0 = io_i0[45]; // @[addsub_64.scala 37:29]
  assign fa_45_io_i1 = io_onesComp_ip[45]; // @[addsub_64.scala 38:38]
  assign fa_45_io_cin = fa_44_io_cout; // @[addsub_64.scala 39:22]
  assign fa_46_io_i0 = io_i0[46]; // @[addsub_64.scala 37:29]
  assign fa_46_io_i1 = io_onesComp_ip[46]; // @[addsub_64.scala 38:38]
  assign fa_46_io_cin = fa_45_io_cout; // @[addsub_64.scala 39:22]
  assign fa_47_io_i0 = io_i0[47]; // @[addsub_64.scala 37:29]
  assign fa_47_io_i1 = io_onesComp_ip[47]; // @[addsub_64.scala 38:38]
  assign fa_47_io_cin = fa_46_io_cout; // @[addsub_64.scala 39:22]
  assign fa_48_io_i0 = io_i0[48]; // @[addsub_64.scala 37:29]
  assign fa_48_io_i1 = io_onesComp_ip[48]; // @[addsub_64.scala 38:38]
  assign fa_48_io_cin = fa_47_io_cout; // @[addsub_64.scala 39:22]
  assign fa_49_io_i0 = io_i0[49]; // @[addsub_64.scala 37:29]
  assign fa_49_io_i1 = io_onesComp_ip[49]; // @[addsub_64.scala 38:38]
  assign fa_49_io_cin = fa_48_io_cout; // @[addsub_64.scala 39:22]
  assign fa_50_io_i0 = io_i0[50]; // @[addsub_64.scala 37:29]
  assign fa_50_io_i1 = io_onesComp_ip[50]; // @[addsub_64.scala 38:38]
  assign fa_50_io_cin = fa_49_io_cout; // @[addsub_64.scala 39:22]
  assign fa_51_io_i0 = io_i0[51]; // @[addsub_64.scala 37:29]
  assign fa_51_io_i1 = io_onesComp_ip[51]; // @[addsub_64.scala 38:38]
  assign fa_51_io_cin = fa_50_io_cout; // @[addsub_64.scala 39:22]
  assign fa_52_io_i0 = io_i0[52]; // @[addsub_64.scala 37:29]
  assign fa_52_io_i1 = io_onesComp_ip[52]; // @[addsub_64.scala 38:38]
  assign fa_52_io_cin = fa_51_io_cout; // @[addsub_64.scala 39:22]
  assign fa_53_io_i0 = io_i0[53]; // @[addsub_64.scala 37:29]
  assign fa_53_io_i1 = io_onesComp_ip[53]; // @[addsub_64.scala 38:38]
  assign fa_53_io_cin = fa_52_io_cout; // @[addsub_64.scala 39:22]
  assign fa_54_io_i0 = io_i0[54]; // @[addsub_64.scala 37:29]
  assign fa_54_io_i1 = io_onesComp_ip[54]; // @[addsub_64.scala 38:38]
  assign fa_54_io_cin = fa_53_io_cout; // @[addsub_64.scala 39:22]
  assign fa_55_io_i0 = io_i0[55]; // @[addsub_64.scala 37:29]
  assign fa_55_io_i1 = io_onesComp_ip[55]; // @[addsub_64.scala 38:38]
  assign fa_55_io_cin = fa_54_io_cout; // @[addsub_64.scala 39:22]
  assign fa_56_io_i0 = io_i0[56]; // @[addsub_64.scala 37:29]
  assign fa_56_io_i1 = io_onesComp_ip[56]; // @[addsub_64.scala 38:38]
  assign fa_56_io_cin = fa_55_io_cout; // @[addsub_64.scala 39:22]
  assign fa_57_io_i0 = io_i0[57]; // @[addsub_64.scala 37:29]
  assign fa_57_io_i1 = io_onesComp_ip[57]; // @[addsub_64.scala 38:38]
  assign fa_57_io_cin = fa_56_io_cout; // @[addsub_64.scala 39:22]
  assign fa_58_io_i0 = io_i0[58]; // @[addsub_64.scala 37:29]
  assign fa_58_io_i1 = io_onesComp_ip[58]; // @[addsub_64.scala 38:38]
  assign fa_58_io_cin = fa_57_io_cout; // @[addsub_64.scala 39:22]
  assign fa_59_io_i0 = io_i0[59]; // @[addsub_64.scala 37:29]
  assign fa_59_io_i1 = io_onesComp_ip[59]; // @[addsub_64.scala 38:38]
  assign fa_59_io_cin = fa_58_io_cout; // @[addsub_64.scala 39:22]
  assign fa_60_io_i0 = io_i0[60]; // @[addsub_64.scala 37:29]
  assign fa_60_io_i1 = io_onesComp_ip[60]; // @[addsub_64.scala 38:38]
  assign fa_60_io_cin = fa_59_io_cout; // @[addsub_64.scala 39:22]
  assign fa_61_io_i0 = io_i0[61]; // @[addsub_64.scala 37:29]
  assign fa_61_io_i1 = io_onesComp_ip[61]; // @[addsub_64.scala 38:38]
  assign fa_61_io_cin = fa_60_io_cout; // @[addsub_64.scala 39:22]
  assign fa_62_io_i0 = io_i0[62]; // @[addsub_64.scala 37:29]
  assign fa_62_io_i1 = io_onesComp_ip[62]; // @[addsub_64.scala 38:38]
  assign fa_62_io_cin = fa_61_io_cout; // @[addsub_64.scala 39:22]
  assign fa_63_io_i0 = io_i0[63]; // @[addsub_64.scala 37:29]
  assign fa_63_io_i1 = io_onesComp_ip[63]; // @[addsub_64.scala 38:38]
  assign fa_63_io_cin = fa_62_io_cout; // @[addsub_64.scala 39:22]
endmodule